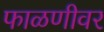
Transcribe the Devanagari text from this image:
फाळणीवर